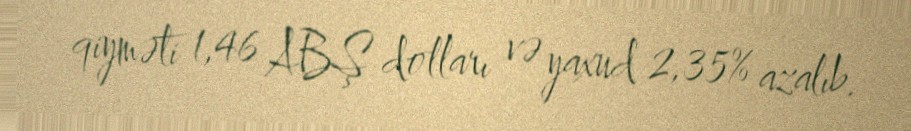
qiyməti 1,46 ABŞ dolları və yaxud 2,35% azalıb.